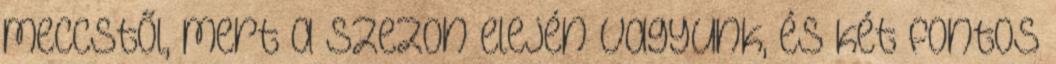
meccstől, mert a szezon elején vagyunk, és két fontos